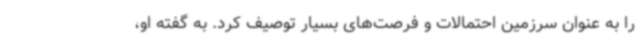
را به عنوان سرزمین احتمالات و فرصت‌های بسیار توصیف کرد. به گفته او،